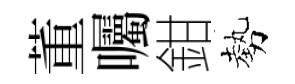
董囑鉗勢